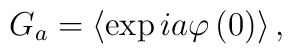
G_{a}=\left\langle \exp ia\varphi \left(0\right) \right\rangle,